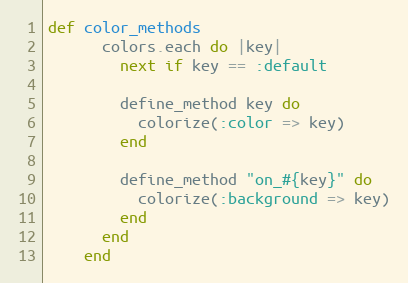
Language: Ruby
def color_methods
      colors.each do |key|
        next if key == :default

        define_method key do
          colorize(:color => key)
        end

        define_method "on_#{key}" do
          colorize(:background => key)
        end
      end
    end